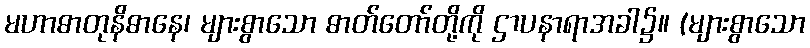
မဟာဓာတုနိဓာနေ၊ များစွာသော ဓာတ်တော်တို့ကို ဌာပနာရာအခါ၌။ (များစွာသော